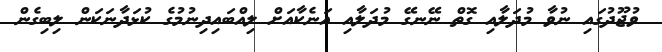
ވުޖޫދުގައި ނުވާ މުދަލާއި ގޮތް ނޭނގޭ މުދަލާއި އަނެކާއަށް ލިއްބައިދިނުމުގެ ކުޅަދާނަކަން ލިބިގެން